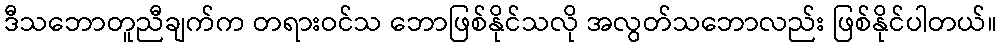
ဒီသဘောတူညီချက်က တရားဝင်သ ဘောဖြစ်နိုင်သလို အလွတ်သဘောလည်း ဖြစ်နိုင်ပါတယ်။